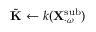
\tilde { \mathbf { K } } \gets k ( \mathbf { X } _ { \cdot \omega } ^ { \mathrm { s u b } } )